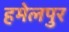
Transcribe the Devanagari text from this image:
हमेलपुर